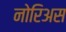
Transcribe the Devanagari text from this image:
नोरिअस